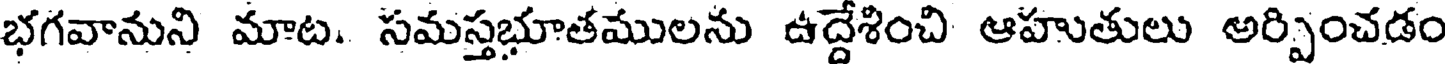
భగవానుని మాట. సమస్తభూతములను ఉద్దేశించి ఆహుతులు అర్పించడం